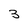
Character: 3